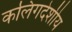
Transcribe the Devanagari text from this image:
कलिंगदेशीय